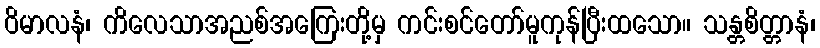
ဝိမာလနံ၊ ကိလေသာအညစ်အကြေးတို့မှ ကင်းစင်တော်မူကုန်ပြီးထသော။ သန္တစိတ္တာနံ၊